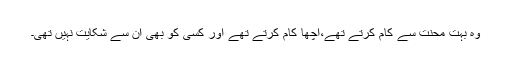
وہ بہت محنت سے کام کرتے تھے،اچھا کام کرتے تھے اور کسی کو بھی ان سے شکایت نہیں تھی۔